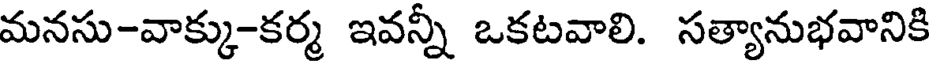
మనసు-వాక్కు-కర్మ ఇవన్నీ ఒకటవాలి. సత్యానుభవానికి